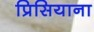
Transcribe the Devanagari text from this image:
प्रिसियाना